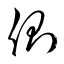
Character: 側